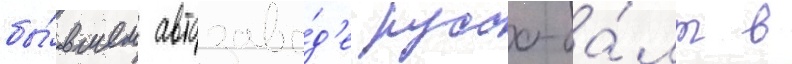
бы́вшем автозаво́д'е руссо-ба́лт в